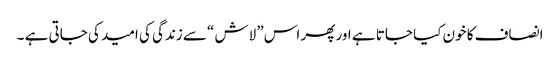
انصاف کا خون کیا جاتا ہے اور پھر اس” لاش “سے زندگی کی امید کی جاتی ہے ۔